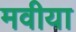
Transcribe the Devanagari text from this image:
मवीया